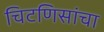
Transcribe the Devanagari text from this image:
चिटणिसांचा